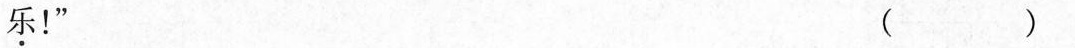
乐！”( )